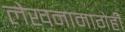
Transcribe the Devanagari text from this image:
लेखनामागेही